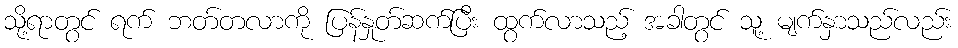
သို့ရာတွင် ရက် ဘတ်တလာကို ပြန်နှုတ်ဆက်ပြီး ထွက်လာသည့် အခါတွင် သူ့ မျက်နှာသည်လည်း